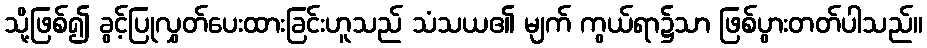
သို့ဖြစ်၍ ခွင့်ပြုလွှတ်ပေးထားခြင်းဟူသည် သံသယ၏ မျက် ကွယ်ရာ၌သာ ဖြစ်ပွားတတ်ပါသည်။